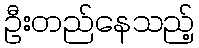
ဦးတည်နေသည့်